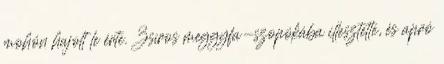
mohón hajolt le érte. Zsíros meggyfa-szopókába illesztette, és apró